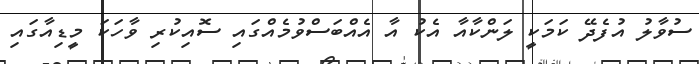
ސުވާލު އުފެދޭ ކަމަކީ ލަންކާއާ އެކު އާ އެއްބަސްވުމެއްގައި ސޮއިކުރި ވާހަކަ މީޑިއާގައި